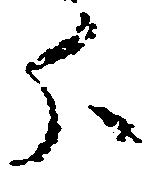
分